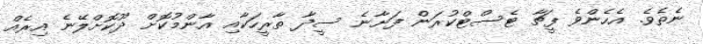
ނެތެވެ. އެހެންވެ ފީޗާ ޓެސްޓްކުރަން ފަށާނެ ސީދާ ތާރީހަކާއި އާންމުކޮށް ދޫކޮށްލޭނެ އިރެއް